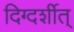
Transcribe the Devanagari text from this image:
दिग्दर्शीत्